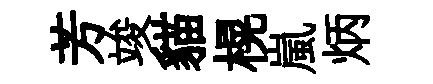
芳竣貓榥嵐炳